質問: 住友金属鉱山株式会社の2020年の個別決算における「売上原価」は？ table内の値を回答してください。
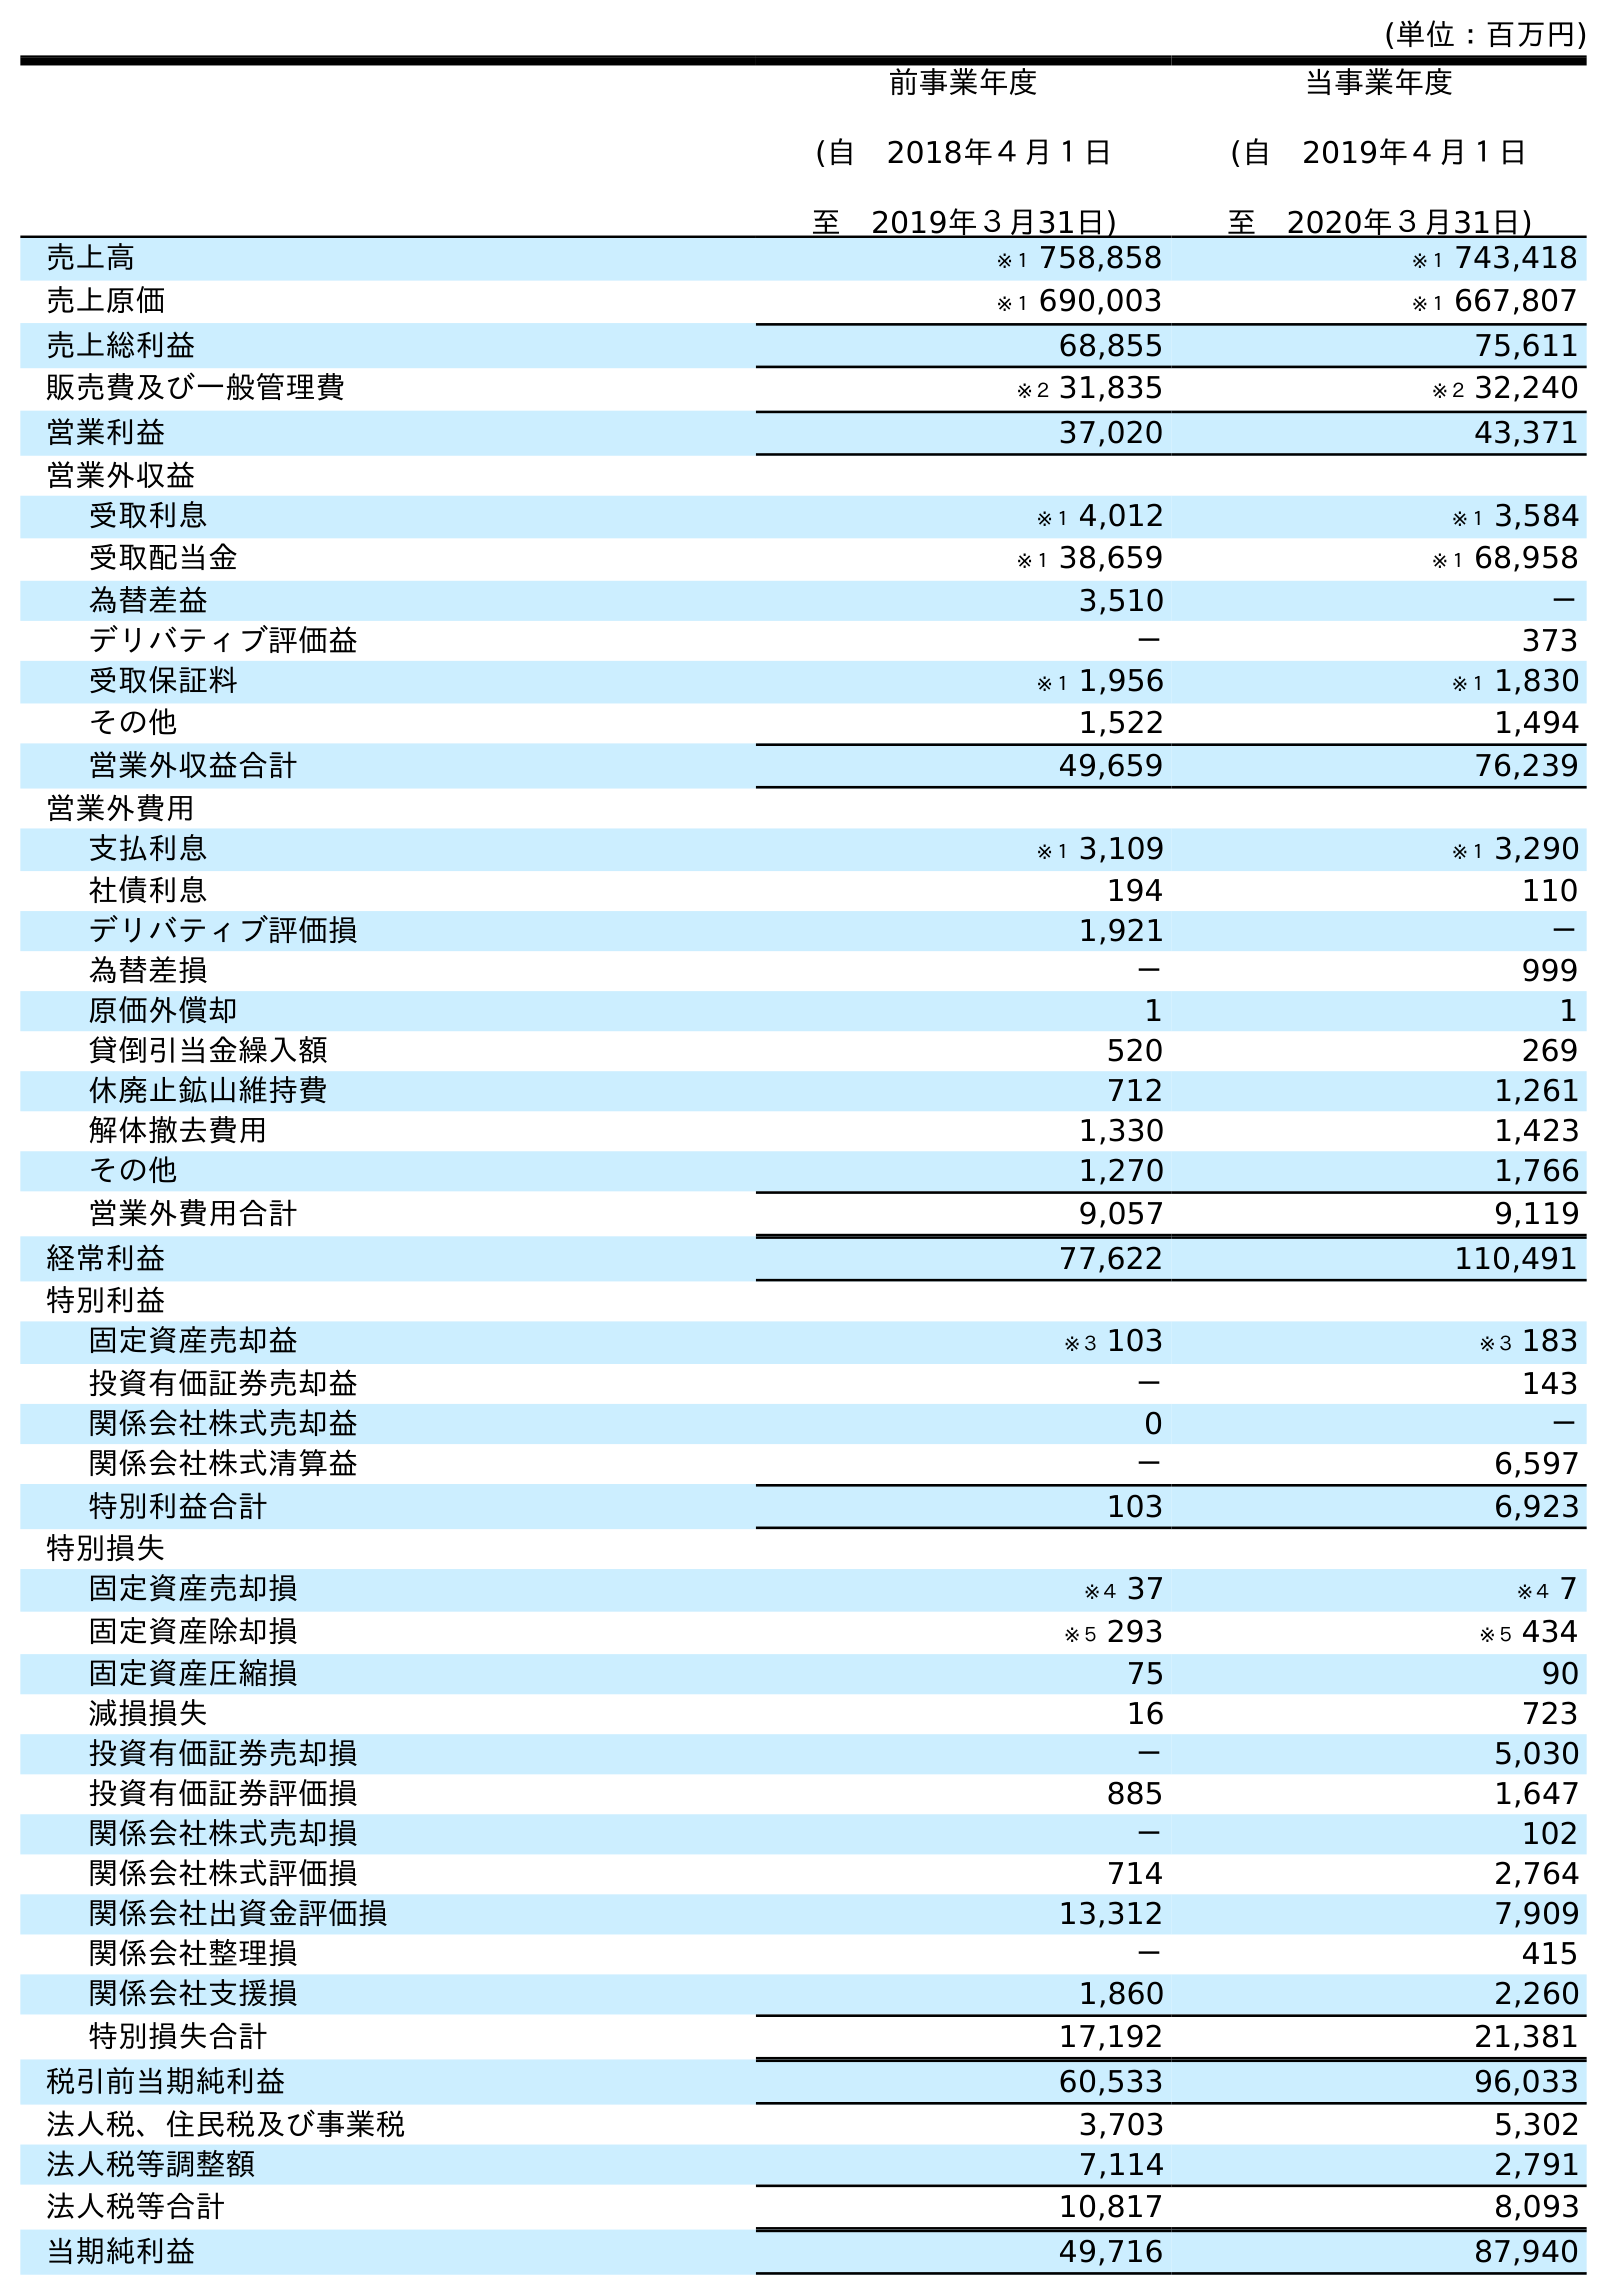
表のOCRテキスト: (単位：百万円) 前事業年度 (自 2018年４月１日 至 2019年３月31日) 当事業年度 (自 2019年４月１日 至 2020年３月31日) 売上高 ※１ 758,858 ※１ 743,418 売上原価 ※１ 690,003 ※１ 667,807 売上総利益 68,855 75,611 販売費及び一般管理費 ※２ 31,835 ※２ 32,240 営業利益 37,020 43,371 営業外収益 受取利息 ※１ 4,012 ※１ 3,584 受取配当金 ※１ 38,659 ※１ 68,958 為替差益 3,510 － デリバティブ評価益 － 373 受取保証料 ※１ 1,956 ※１ 1,830 その他 1,522 1,494 営業外収益合計 49,659 76,239 営業外費用 支払利息 ※１ 3,109 ※１ 3,290 社債利息 194 110 デリバティブ評価損 1,921 － 為替差損 － 999 原価外償却 1 1 貸倒引当金繰入額 520 269 休廃止鉱山維持費 712 1,261 解体撤去費用 1,330 1,423 その他 1,270 1,766 営業外費用合計 9,057 9,119 経常利益 77,622 110,491 特別利益 固定資産売却益 ※３ 103 ※３ 183 投資有価証券売却益 － 143 関係会社株式売却益 0 － 関係会社株式清算益 － 6,597 特別利益合計 103 6,923 特別損失 固定資産売却損 ※４ 37 ※４ 7 固定資産除却損 ※５ 293 ※５ 434 固定資産圧縮損 75 90 減損損失 16 723 投資有価証券売却損 － 5,030 投資有価証券評価損 885 1,647 関係会社株式売却損 － 102 関係会社株式評価損 714 2,764 関係会社出資金評価損 13,312 7,909 関係会社整理損 － 415 関係会社支援損 1,860 2,260 特別損失合計 17,192 21,381 税引前当期純利益 60,533 96,033 法人税、住民税及び事業税 3,703 5,302 法人税等調整額 7,114 2,791 法人税等合計 10,817 8,093 当期純利益 49,716 87,940
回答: ※１667,807